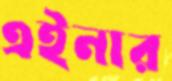
এইনার